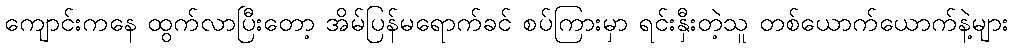
ကျောင်းကနေ ထွက်လာပြီးတော့ အိမ်ပြန်မရောက်ခင် စပ်ကြားမှာ ရင်းနှီးတဲ့သူ တစ်ယောက်ယောက်နဲ့များ